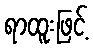
ရာထူးဖြင့်